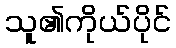
သူ၏ကိုယ်ပိုင်